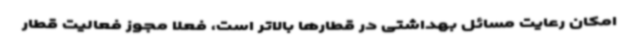
امکان رعایت مسائل بهداشتی در قطارها بالاتر است، فعلا مجوز فعالیت قطار